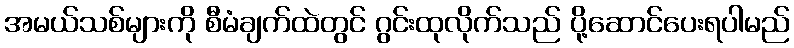
အမယ်သစ်များကို စီမံချက်ထဲတွင် ဂွင်းထုလိုက်သည် ပို့ဆောင်ပေးရပါမည်